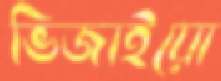
ভিজাইয়ো